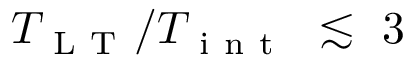
T _ { \mathrm { ~ L ~ T ~ } } / T _ { \mathrm { ~ i ~ n ~ t ~ } } ~ \lesssim ~ 3